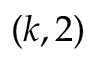
( k , 2 )